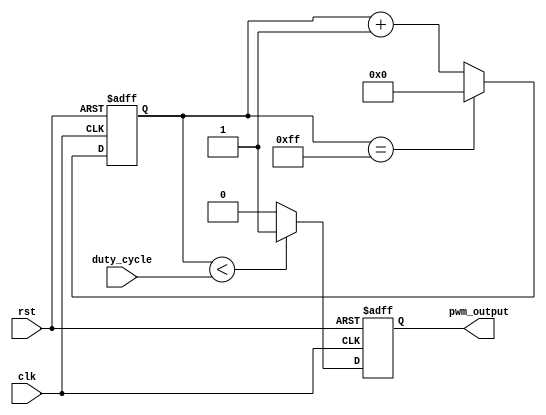
module pwm_generator(
    input wire clk,      // Clock input signal
    input wire rst,      // Reset signal
    input wire [7:0] duty_cycle,  // Duty cycle control input
    output reg pwm_output  // PWM output signal
);
    
    reg [7:0] counter;
    
    always @(posedge clk or posedge rst) begin
        if(rst) begin
            counter <= 8'h00;
            pwm_output <= 1'b0;
        end else begin
            if(counter < duty_cycle) begin
                pwm_output <= 1'b1;
            end else begin
                pwm_output <= 1'b0;
            end
            
            if(counter == 8'hFF) begin
                counter <= 8'h00;
            end else begin
                counter <= counter + 1;
            end
        end
    end
    
endmodule